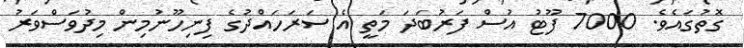
ގޮތުގައެވެ. 7000 ފޫޓު އުސް ފަރުބަދަ މަތީ އެ ސަރަހައްދުގެ ފިނިހޫނުމިން މިދުވަސްވަރު